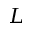
L